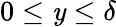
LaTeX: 0\le\mathit{y}\le\delta